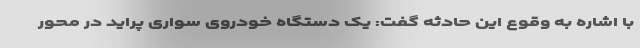
با اشاره به وقوع این حادثه گفت: یک دستگاه خودروی سواری پراید در محور